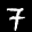
Label: 7